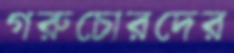
গরুচোরদের